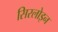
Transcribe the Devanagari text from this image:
सिरलोइन